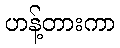
ဟန့်တားကာ